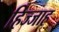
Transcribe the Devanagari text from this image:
हिज्जाह